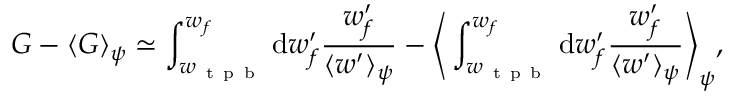
G - \langle G \rangle _ { \psi } \simeq \int _ { w _ { \mathrm { ~ t ~ p ~ b ~ } } } ^ { w _ { f } } \mathrm { d } w _ { f } ^ { \prime } \frac { w _ { f } ^ { \prime } } { \langle w ^ { \prime } \rangle _ { \psi } } - \Bigg \langle \int _ { w _ { \mathrm { ~ t ~ p ~ b ~ } } } ^ { w _ { f } } \mathrm { d } w _ { f } ^ { \prime } \frac { w _ { f } ^ { \prime } } { \langle w ^ { \prime } \rangle _ { \psi } } \Bigg \rangle _ { \psi } ,